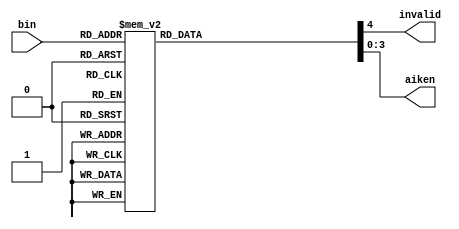
`timescale 1ns / 1ps
//////////////////////////////////////////////////////////////////////////////////
// Company: 
// Engineer: 
// 
// Design Name: 
// Module Name: b2aik
// Project Name: 
// Target Devices: 
// Tool Versions: 
// Description: 
// 
// Dependencies: 
// 
// Revision:
// Revision 0.01 - File Created
// Additional Comments:
// 
//////////////////////////////////////////////////////////////////////////////////


module b2aik(
    input [3:0] bin,
    output reg invalid,
    output reg [3:0] aiken
    );
    always@(*)
    case(bin)
        4'b0000 : begin
                     aiken = 4'b0000;
                     invalid = 0;
                  end
        4'b0001 : begin
                     aiken = 4'b0001;
                     invalid = 0;
                  end
        4'b0010 : begin
                     aiken = 4'b0010;
                     invalid = 0;
                  end
        4'b0011 : begin
                     aiken = 4'b0011;
                     invalid = 0;
                  end
        4'b0100 : begin
                     aiken = 4'b0100;
                     invalid = 0;
                  end
        4'b0101 : begin
                     aiken = 4'b1011;
                     invalid = 0;
                  end
        4'b0110 : begin
                     aiken = 4'b1100;
                     invalid = 0;
                  end
        4'b0111 : begin
                     aiken = 4'b1101;
                     invalid = 0;
                  end
        4'b1000 : begin
                     aiken = 4'b1110;
                     invalid = 0;
                  end
        4'b1001 : begin
                     aiken = 4'b1111;
                     invalid = 0;
                  end
        default:begin
              aiken = 8'bx;
              invalid = 1 ;
              end
    endcase
endmodule